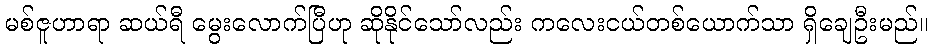
မစ်ဇူဟာရာ ဆယ်ရီ မွေးလောက်ပြီဟု ဆိုနိုင်သော်လည်း ကလေးငယ်တစ်ယောက်သာ ရှိချေဦးမည်။